King Institute of Preventive Medicine Micro-Biological Section reports 1912-19
Year: 1912
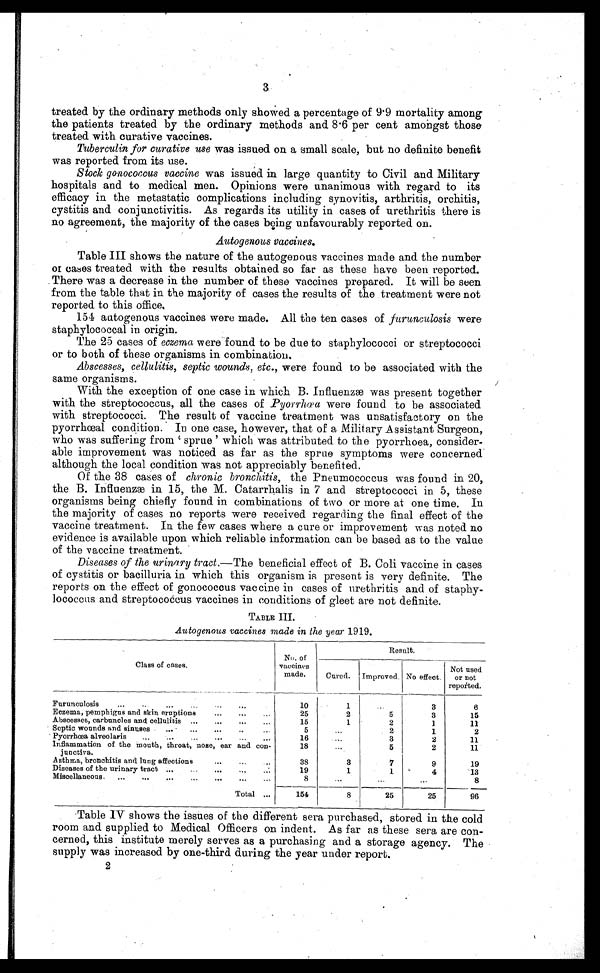
3
treated by the ordinary methods only showed a percentage of 9.9 mortality among
the patients treated by the ordinary methods and 8.6 per cent amongst those
treated with curative vaccines.
Tuberculin for curative use was issued on a small scale, but no definite benefit
was reported from its use.
Stock gonococcus vaccine was issued in large quantity to Civil and Military
hospitals and to medical men. Opinions were unanimous with regard to its
efficacy in the metastatic complications including synovitis, arthritis, orchitis,
cystitis and conjunctivitis. As regards its utility in cases of urethritis there is
no agreement, the majority of the cases being unfavourably reported on.
Autogenous vaccines.
Table III shows the nature of the autogenous vaccines made and the number
or cases treated with the results obtained so far as these have been reported.
There was a decrease in the number of these vaccines prepared. It will be seen
from the table that in the majority of cases the results of the treatment were not
reported to this office.
154 autogenous vaccines were made. All the ten cases of furunculosis were
staphylococcal in origin.
The 25 cases of eczema were found to be due to staphylococci or streptococci
or to both of these organisms in combination.
Abscesses, cellulitis, septic wounds, etc., were found to be associated with the
same organisms.
With the exception of one case in which B. Influenzæ was present together
with the streptococcus, all the cases of Pyorrhœa were found to be associated
with streptococci. The result of vaccine treatment was unsatisfactory on the
pyorrhœal condition. In one case, however, that of a Military Assistant Surgeon,
who was suffering from 'sprue' which was attributed to the pyorrhoea, consider
-able improvement was noticed as far as the sprue symptoms were concerned
although the local condition was not appreciably benefited.
Of the 38 cases of chronic bronchitis, the Pneumococcus was found in 20,
the B. Influenzæ in 15, the M. Catarrhalis in 7 and streptococci in 5, these
organisms being chiefly found in combinations of two or more at one time. In
the majority of cases no reports were received regarding the final effect of the
vaccine treatment. In the few cases where a cure or improvement was noted no
evidence is available upon which reliable information can be based as to the value
of the vaccine treatment.
Diseases of the urinary tract .—The beneficial effect of B. Coli vaccine in cases
of cystitis or bacilluria in which this organism is present is very definite. The
reports on the effect of gonococcus vaccine in cases of urethritis and of staphy
-lococcus and streptococcus vaccines in conditions of gleet are not definite.
TABLE III.
Autogenous vaccines made in the year 1919.
Class of cases.
No. of
vaccines
made.
Result.
Cured.
Improved. No effect.
Not used
or not
reported.
Furunculosis . . .
10
1
. . .
3
6
Eczema, pemphigus and skin eruptions . . .
25
2
5
3
15
Abscesses, carbuncles and cellulitis . . .
15
1
2
1
11
Septic wounds and sinuses . . .
5
. . .
2
1
2
Pyorrhœa alveolaris . . .
16
. . .
3
2
11
Inflammation of the mouth, throat, nose, ear and con-
junctiva.
18
. . .
5
2
11
Asthma, bronchitis and lung affections . . .
38
3
7
9
19
Diseases of the urinary tract . . .
19
1
1
4
13
Miscellaneous . . .
8
. . .
. . .
. . .
8
Total . . .
154
8
25
25
96
Table IV shows the issues of the different sera purchased, stored in the cold
room and supplied to Medical Officers on indent. As far as these sera are con
-cerned, this institute merely serves as a purchasing and a storage agency. The
supply was increased by one-third during the year under report.
2